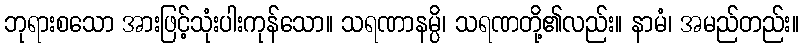
ဘုရားစသော အားဖြင့်သုံးပါးကုန်သော။ သရဏာနမ္ပိ၊ သရဏတို့၏လည်း။ နာမံ၊ အမည်တည်း။